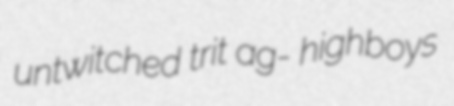
untwitched trit ag- highboys